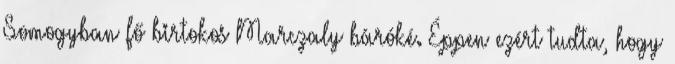
Somogyban fő birtokos Marczaly báróké. Éppen ezért tudta, hogy